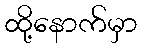
ထို့နောက်မှာ